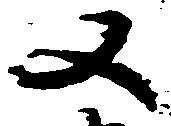
又